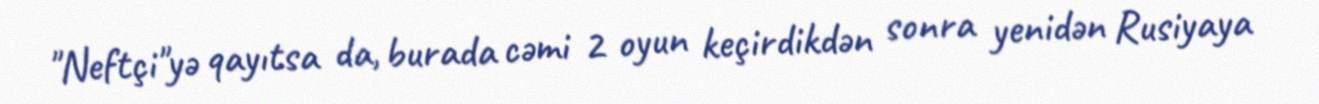
"Neftçi"yə qayıtsa da, burada cəmi 2 oyun keçirdikdən sonra yenidən Rusiyaya